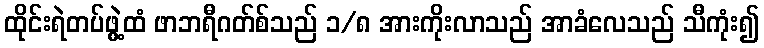
ထိုင်းရဲတပ်ဖွဲ့ထံ ဖာဘရီဂတ်စ်သည် ၁/၈ အားကိုးလာသည် အာခံလေသည် သီကုံး၍